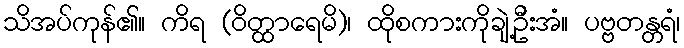
သိအပ်ကုန်၏။ ကိရ (ဝိတ္ထာရေမိ)၊ ထိုစကားကိုချဲ့ဦးအံ။ ပဗ္ဗတန္တရံ၊